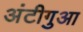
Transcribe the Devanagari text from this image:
अंटीगुआ